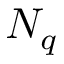
N _ { q }